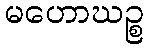
မဟောဃဉ္စ